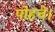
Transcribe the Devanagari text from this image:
पोहचे।